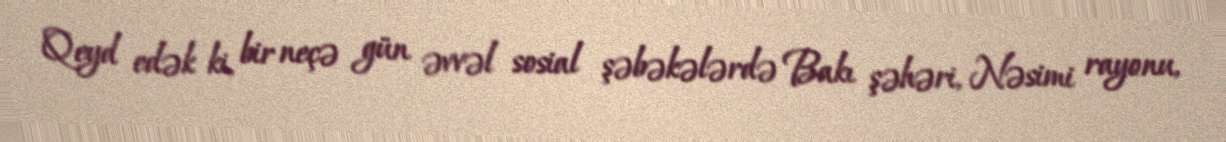
Qeyd edək ki, bir neçə gün əvvəl sosial şəbəkələrdə Bakı şəhəri, Nəsimi rayonu,